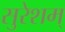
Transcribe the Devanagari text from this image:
सुरेशम्‌